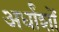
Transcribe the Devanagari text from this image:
अर्धांशों